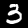
Label: 3